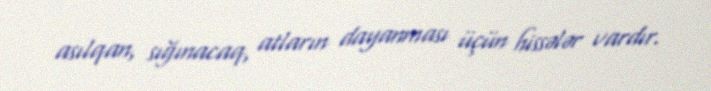
asılqan, sığınacaq, atların dayanması üçün hissələr vardır.